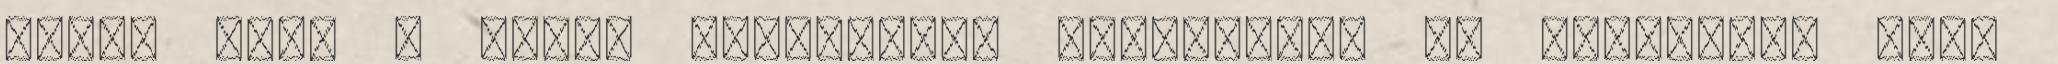
mitől függ a padló rétegeinek vastagsága és minősége? mire